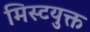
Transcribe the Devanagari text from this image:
मिस्टयुक्त